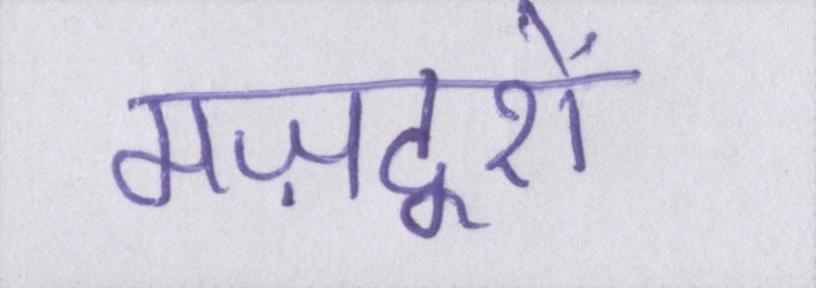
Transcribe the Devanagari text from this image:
मज़दूरों